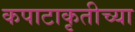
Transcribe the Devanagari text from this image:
कपाटाकृतीच्या